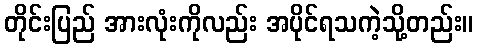
တိုင်းပြည် အားလုံးကိုလည်း အပိုင်ရသကဲ့သို့တည်း။